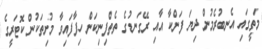
މަތީގައި އެނބުރެމުން ދިޔަ ފަންކާ އާއި ރޭގަނޑުގެ ތެތްފިނިކަން ހިފާފައިވާ މުށިތަކުން ކޮޓަރީގެ